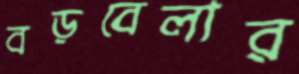
বড়বেলার